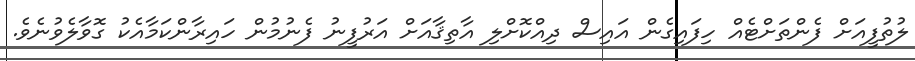
ލުތުފީއަށް ފެންތަށްޓެއް ހިފައިގެން އައިސް ދިއްކޮށްލި އާތިޤާއަށް އަރުފީނު ފެނުމުން ހައިރާންކަމާއެކު ގޮވާލެވުނެވެ.